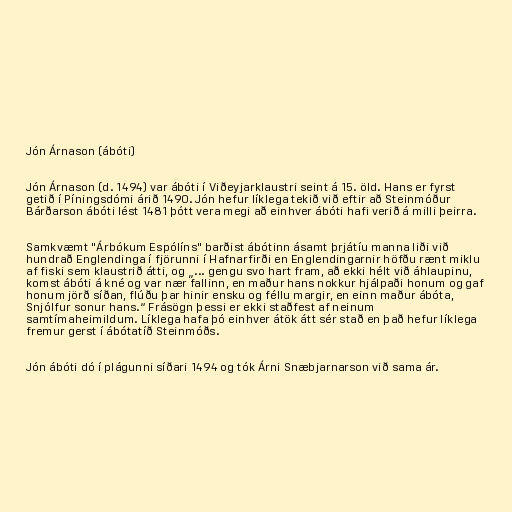
Jón Árnason (ábóti)

Jón Árnason (d. 1494) var ábóti í Viðeyjarklaustri seint á 15. öld. Hans er fyrst
getið í Píningsdómi árið 1490. Jón hefur líklega tekið við eftir að Steinmóður
Bárðarson ábóti lést 1481 þótt vera megi að einhver ábóti hafi verið á milli þeirra.

Samkvæmt "Árbókum Espólíns" barðist ábótinn ásamt þrjátíu manna liði við
hundrað Englendinga í fjörunni í Hafnarfirði en Englendingarnir höfðu rænt miklu
af fiski sem klaustrið átti, og „... gengu svo hart fram, að ekki hélt við áhlaupinu,
komst ábóti á kné og var nær fallinn, en maður hans nokkur hjálpaði honum og gaf
honum jörð síðan, flúðu þar hinir ensku og féllu margir, en einn maður ábóta,
Snjólfur sonur hans.“ Frásögn þessi er ekki staðfest af neinum
samtímaheimildum. Líklega hafa þó einhver átök átt sér stað en það hefur líklega
fremur gerst í ábótatíð Steinmóðs.

Jón ábóti dó í plágunni síðari 1494 og tók Árni Snæbjarnarson við sama ár.